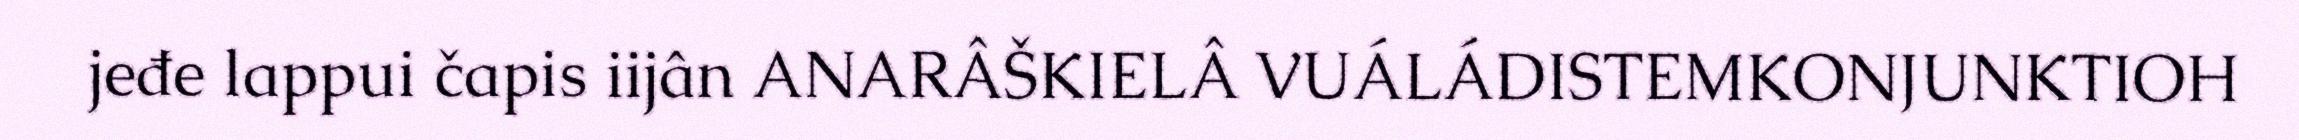
jeđe lappui čapis iijân ANARÂŠKIELÂ VUÁLÁDISTEMKONJUNKTIOH